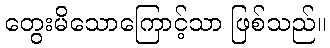
တွေးမိသောကြောင့်သာ ဖြစ်သည်။